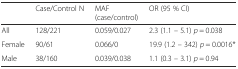
|  | Case/Control N | MAF (case/control) | OR (95 % CI) |
 | --- | --- | --- | --- |
 | All | 128/221 | 0.059/0.027 | 2.3 (1.1 – 5.1) p = 0.038 |
 | Female | 90/61 | 0.066/0 | 19.9 (1.2 – 342) p = 0.0016* |
 | Male | 38/160 | 0.039/0.038 | 1.1 (0.3 – 3.1) p = 0.94 |